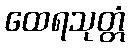
ထေရသုတ္တံ